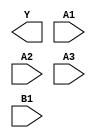
module sky130_fd_sc_ms__o31ai (
    Y ,
    A1,
    A2,
    A3,
    B1
);

    output Y ;
    input  A1;
    input  A2;
    input  A3;
    input  B1;

    // Voltage supply signals
    supply1 VPWR;
    supply0 VGND;
    supply1 VPB ;
    supply0 VNB ;

endmodule